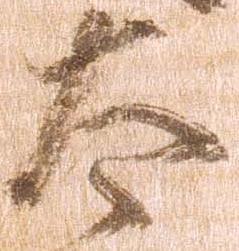
太